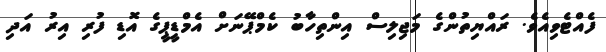
ފެއްޓެވިއެވެ. ރައްޔިތުންގެ މަޖިލިސް އިންތިހާބު ކެމްޕޭނަށް އެމްޑީޕީގެ އޮޑި ފުރި އިރު އަދި